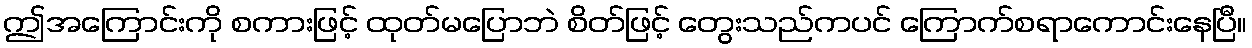
ဤအကြောင်းကို စကားဖြင့် ထုတ်မပြောဘဲ စိတ်ဖြင့် တွေးသည်ကပင် ကြောက်စရာကောင်းနေပြီ။